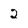
Character: 2